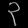
Digit: ၃